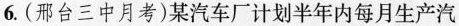
6. (邢台三中月考)某汽车厂计划半年内每月生产汽